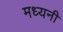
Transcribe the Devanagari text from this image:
मध्यनी